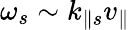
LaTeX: \omega_{s}\sim k_{\parallel s}v_{\parallel}